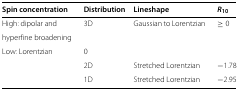
| Spin concentration | Distribution | Lineshape | R10 |
 | --- | --- | --- | --- |
 | High: dipolar and | 3D | Gaussian to Lorentzian | ≥0 |
 | hyperfine broadening |  |  |  |
 | Low: Lorentzian | 0 |  |  |
 |  | 2D | Stretched Lorentzian | −1.78 |
 |  | 1D | Stretched Lorentzian | −2.95 |